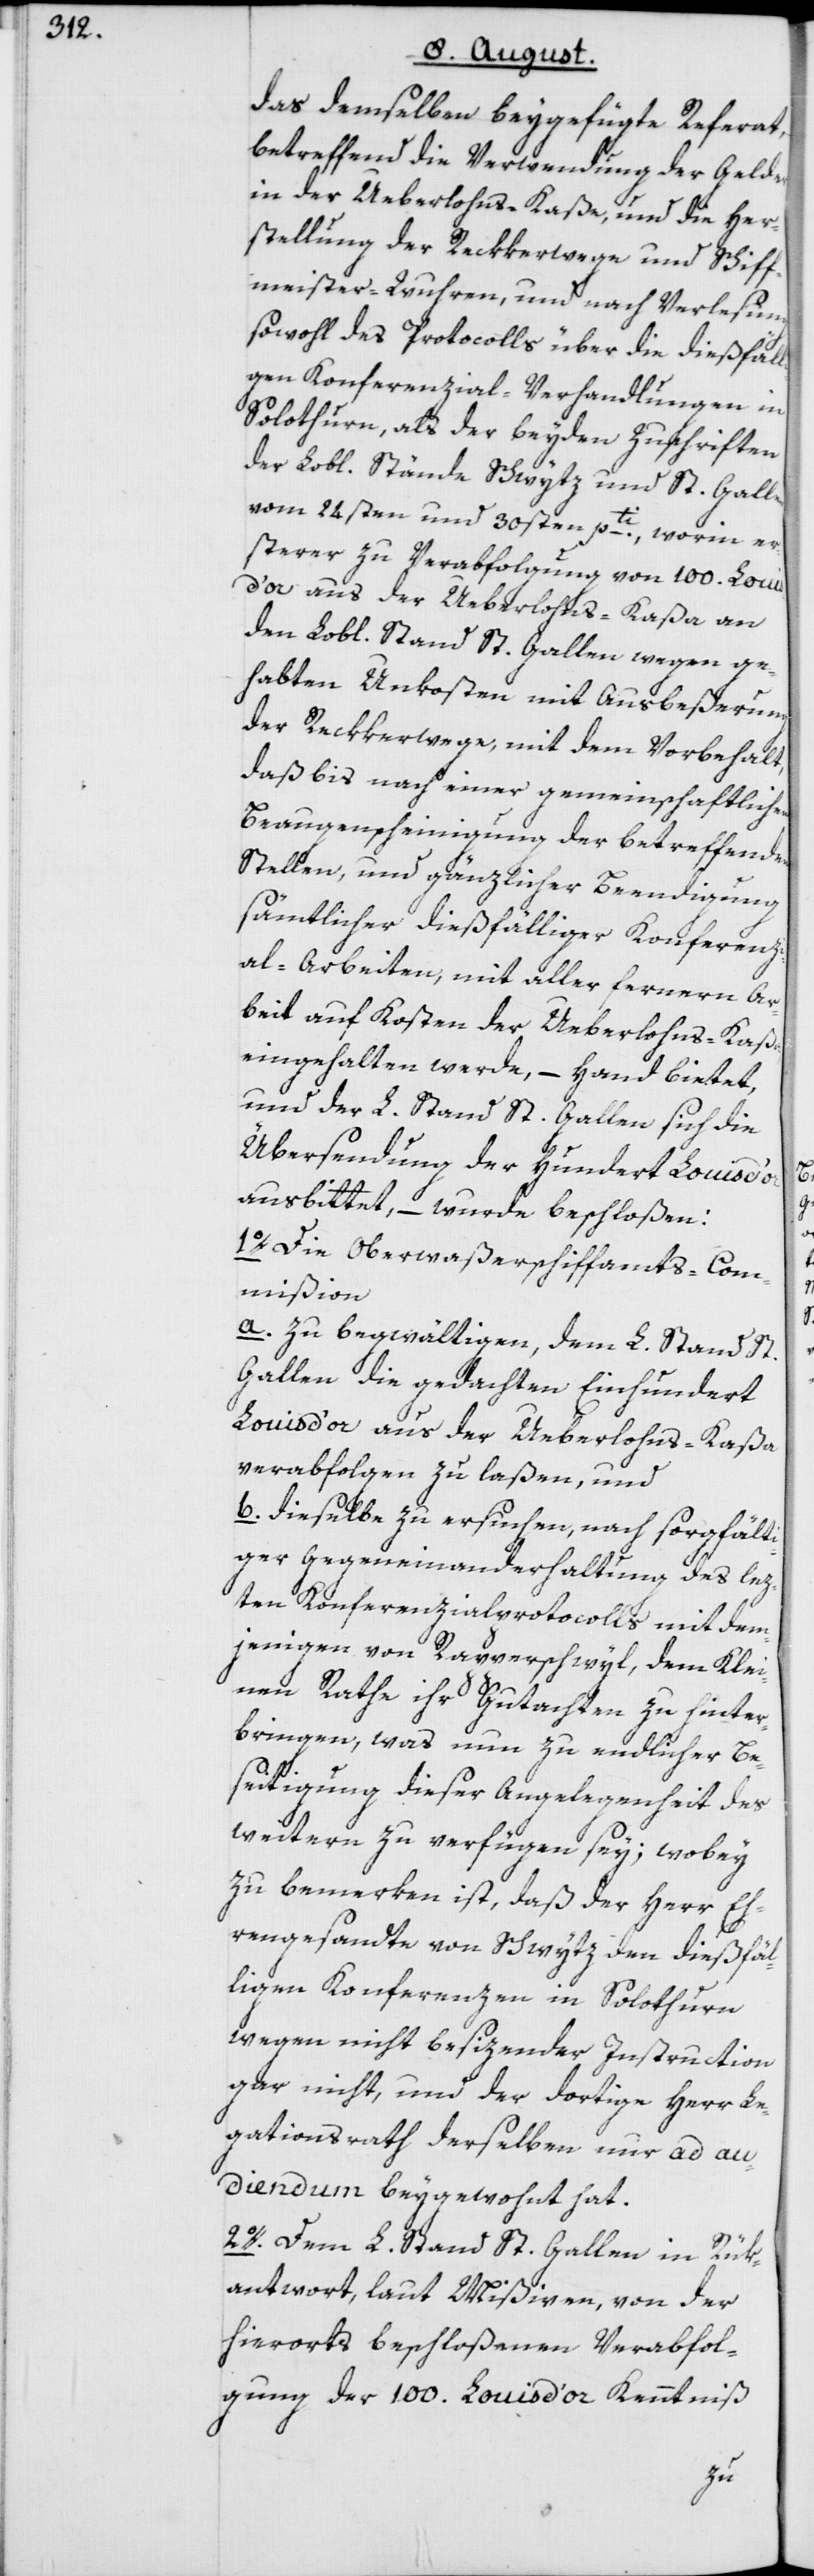
das demselben beygefügte Referat,
betreffend die Verwendung der Gelder
in der Ueberlohns-Kaße, und die Her¬
stellung der Reckkerwege und Schiff¬
meister-Wuhren, und nach Verlesung
sowohl des Protocolls über die dießfälli¬
gen Konferenzial-Verhandlungen in
Solothurn, als der beyden Zuschriften
der Lobl. Stände Schwytz und St. Gallen
vom 24sten und 30sten pti., worin er¬
sterer zu Verabfolgung von 100. Louis
d’or aus der Ueberlohns-Kaßa an
den Lobl. Stand St. Gallen wegen ge¬
habten Unkosten mit Ausbeßerung
der Reckkerwege, mit dem Vorbehalt,
daß bis nach einer gemeinschaftlichen
Beaugenscheinigung der betreffenden
Stellen, und gänzlicher Beendigung
sämtlicher dießfälliger Konferenzi¬
al-Arbeiten, mit aller fernern Ar¬
beit auf Kosten der Ueberlohns-Kaßa
eingehalten werde, – Hand bietet,
und der L. Stand St. Gallen sich die
Übersendung der Hundert Louis
ausbittet, – wurde beschloßen:
1o. Die Oberwaßerschiffamts-Com¬
mißion
a. zu begwältigen, dem L. Stand St.
Gallen die gedachten Einhundert
Louis d’or aus der Ueberlohns-Kaßa
verabfolgen zu laßen, und
b. dieselbe zu ersuchen, nach sorgfält¬
iger Gegeneinanderhaltung des lez¬
ten Konferenzialprotocolls mit dem¬
jenigen von Rapperschwyl, dem Klei¬
nen Rathe ihr Gutachten zu hinter¬
bringen, was nun zu endlicher Be¬
seitigung dieser Angelegenheit des
weitern zu verfügen sey; wobey
zu bemerken ist, daß der Herr Eh¬
rengesandte von Schwytz den dießfäl¬
ligen Konferenzen in Solothurn
wegen nicht besizender Instruction
gar nicht, und der dortige Herr Le¬
gationsrath derselben nur ad au¬
diendum beygewohnt hat.
2o. Dem L. Stand St. Gallen in Rük¬
antwort, laut Mißiven, von der
hierorts beschloßenen Verabfol¬
gung der 100. Louis d’or Kenntniß